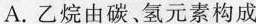
A.乙烷由碳、氢元素构成